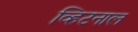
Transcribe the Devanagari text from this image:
व्हिटनाल